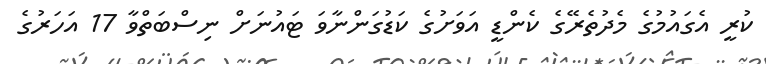
ކުރީ އެގައުމުގެ މެދުތެރޭގެ ކެންޑީ އަވަށުގެ ކަޑުގަންނާވަ ޓައުނަށް ނިސްބަތްވާ 17 އަހަރުގެ